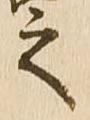
之